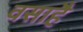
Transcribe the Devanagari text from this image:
वसाहै